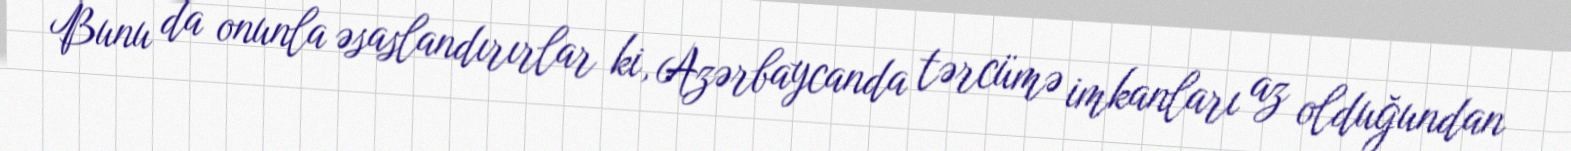
Bunu da onunla əsaslandırırlar ki, Azərbaycanda tərcümə imkanları az olduğundan